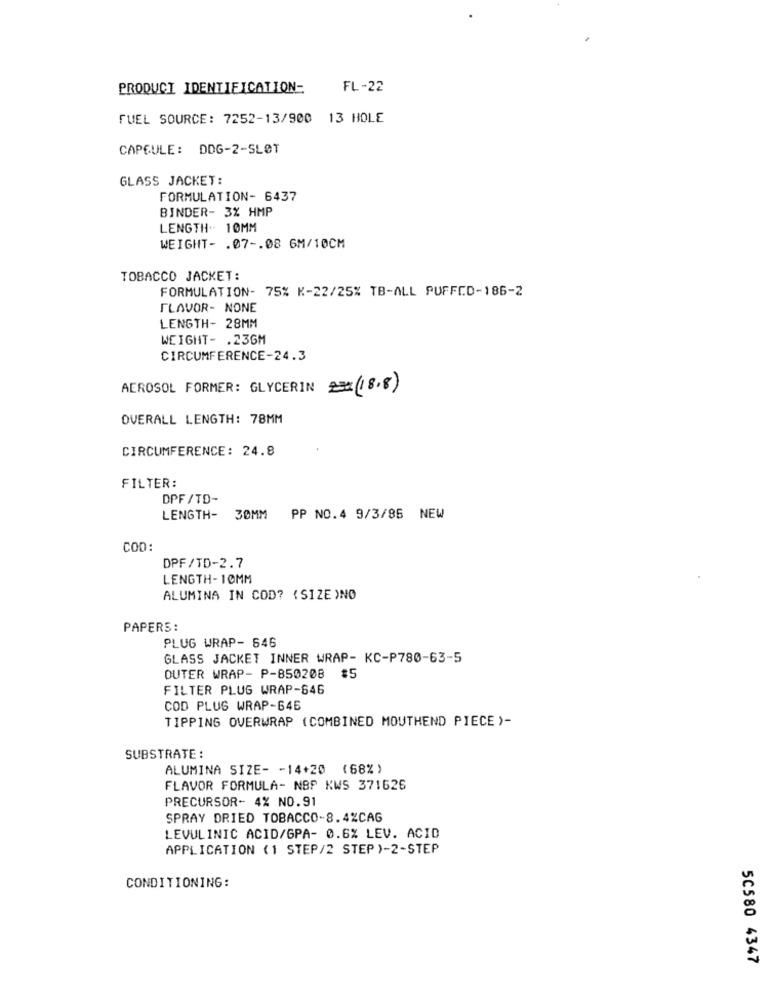
PRODUCT IDENTIFICATION-
FL-22
FUEL SOURCE: 7252-13/900 13 HOLE
CAPSULE: DDG-2-SLØT
GLASS JACKET:
FORMULATION- 6437
BINDER- 3% HMP
LENGTH- 10MM
WEIGHT- . 07 -. 08 6M/10CM
TOBACCO JACKET:
FORMULATION- 75% K-22/25% TB-ALL PUFFCD-186-2
FLAVOR- NONE
LENGTH- 28MM
WEIGHT- . 236M
CIRCUMFERENCE-24.3
AEROSOL FORMER: GLYCERIN 23(18.8)
OVERALL LENGTH: 78MM
CIRCUMFERENCE: 24.8
FILTER:
DPF /TO-
LENGTH- 30MM
PP NO.4 9/3/85 NEW
COD:
DPF/TD-2.7
LENGTH-10MM
ALUMINA IN COD? (SIZE )NO
PAPERS:
PLUG WRAP- 646
GLASS JACKET INNER WRAP- KC-P780-63-5
OUTER WRAP- P-850208
#5
FILTER PLUG WRAP-646
COD PLUS WRAP-646
TIPPING OVERWRAP (COMBINED MOUTHEND PIECE )-
SUBSTRATE :
ALUMINA SIZE- - 14+20 (68%)
FLAVOR FORMULA- NBP KWS 371626
PRECURSOR- 4% NO.91
SPRAY DRIED TOBACCO-8.4%CAG
LEVULINIC ACID/GPA- 0.6% LEV. ACID
APPLICATION (1 STEP/2 STEP )-2-STEP
CONDITIONING:
50580 4347